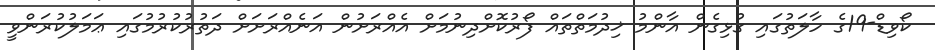
ކޯވިޑް-19ގެ ހާލަތުގައި ގުޅިގެން އާންމު ޚިދުމަތްތައް ފޯރުކޮށްދިނުމަށް އެއްރަށުން އަނެއްރަށަށް ދަތުރުކުރުމުގައި ޢަމަލުކުރަންވީ